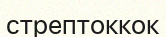
стрептоккок